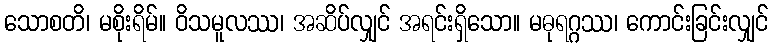
သောစတိ၊ မစိုးရိမ်။ ဝိသမူလဿ၊ အဆိပ်လျှင် အရင်းရှိသော။ မဓုရဂ္ဂဿ၊ ကောင်းခြင်းလျှင်